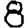
Digit: 8